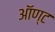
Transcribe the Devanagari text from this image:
ऑण्ट